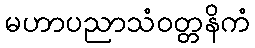
မဟာပညာသံဝတ္တနိကံ